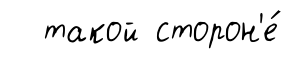
такой сторон'е́